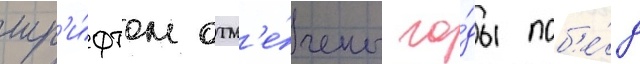
шр'и́фтом отм'е́чены го́ды поб'е́д